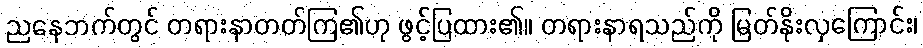
ညနေဘက်တွင် တရားနာတတ်ကြ၏ဟု ဖွင့်ပြထား၏။ တရားနာရသည်ကို မြတ်နိုးလှကြောင်း၊